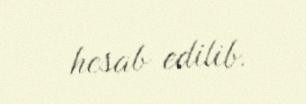
hesab edilib.